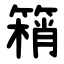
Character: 䈾